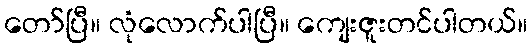
တော်ပြီ။ လုံလောက်ပါပြီ။ ကျေးဇူးတင်ပါတယ်။